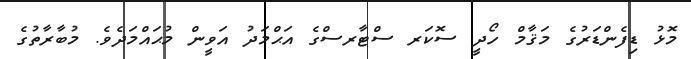
މޮޅު ޑިފެންޑަރުގެ މަޤާމް ހޯދީ ސޮކަރ ސްޓާރސްގެ އަޙްމަދު އަވީން މުޙައްމަދެވެ. މުބާރާތުގެ